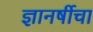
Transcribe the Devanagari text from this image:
ज्ञानर्षीचा